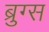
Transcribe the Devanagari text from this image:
ब्रुग्स